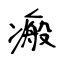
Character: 瘢